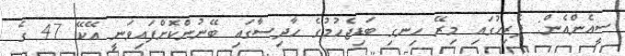
ސީއެންއެން: ޕެރިހުގައި މިރޭ ހިނގި ބަޑިޖެހުމުގެ ހާދިސާގައި ބޭނުންކޮށްފައިވަނީ އޭކޭ 47 ގެ